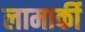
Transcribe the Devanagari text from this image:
लामार्की